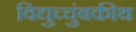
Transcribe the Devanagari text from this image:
विद्युच्चुंबकीथ